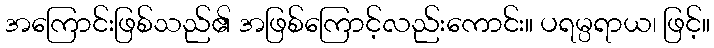
အကြောင်းဖြစ်သည်၏ အဖြစ်ကြောင့်လည်းကောင်း။ ပရမ္ပရာယ၊ ဖြင့်။